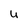
Character: U